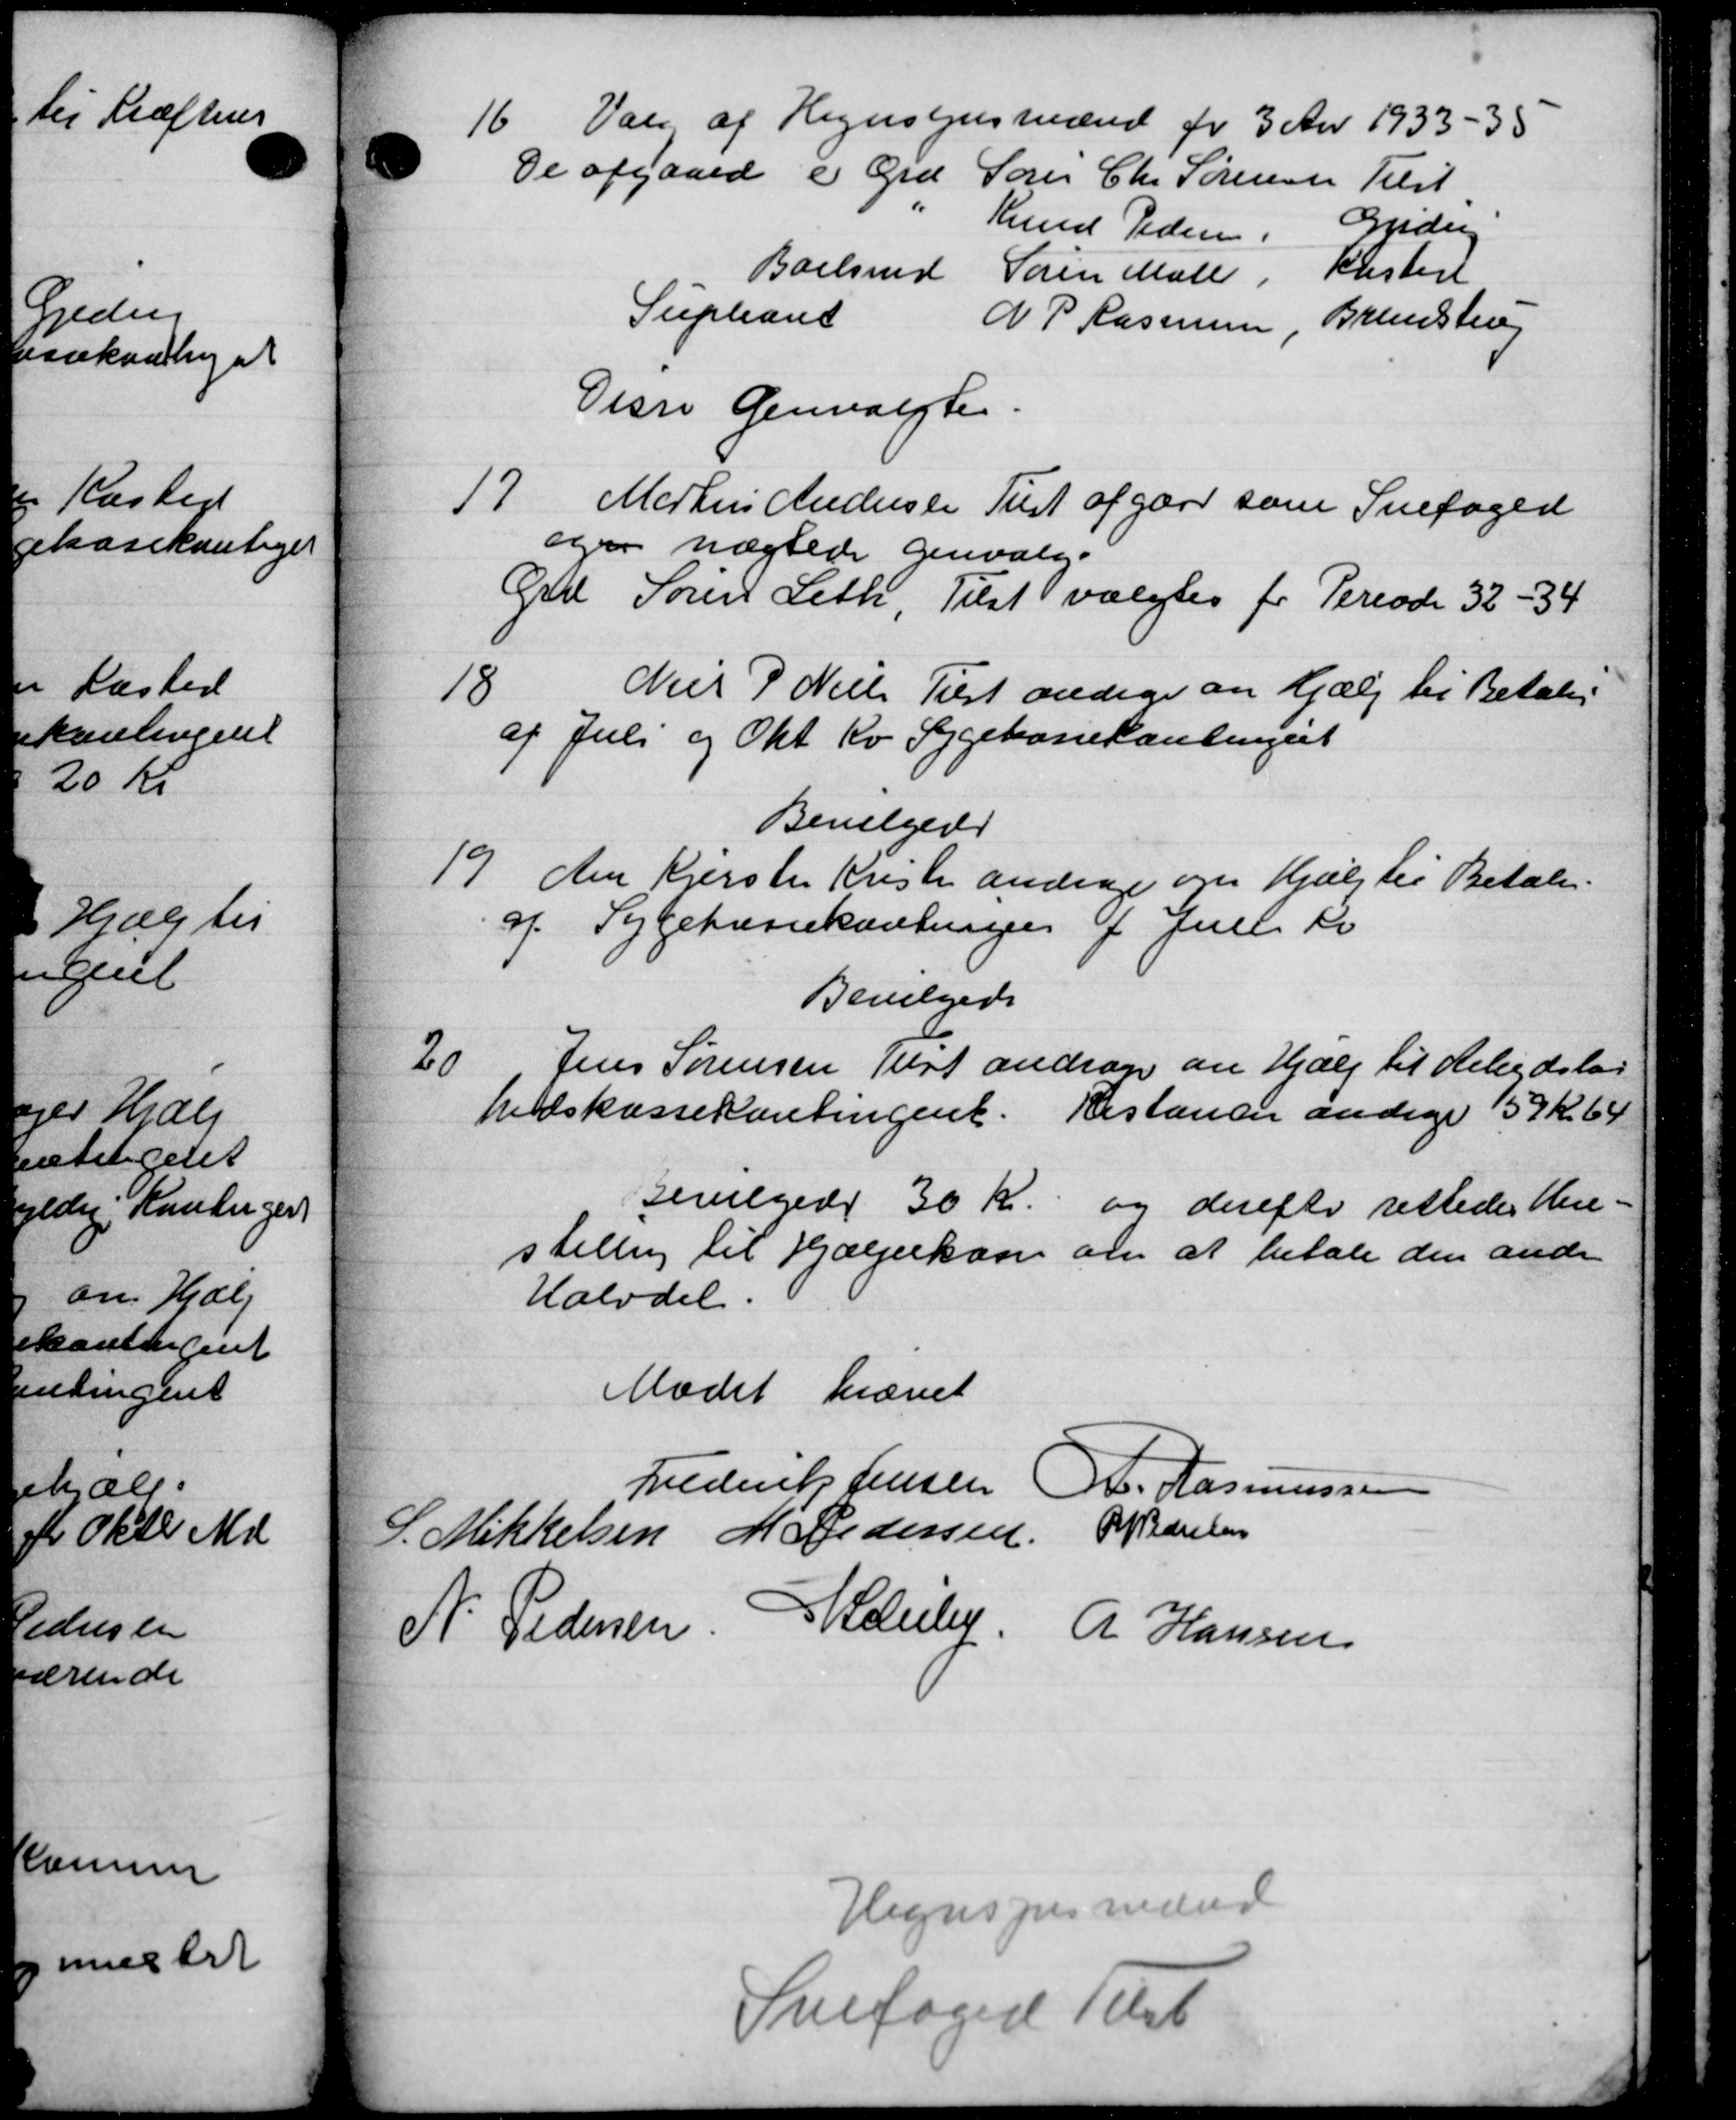
Transskription:
16.
Valg af Hegnsynsmænd for 3 Aar 1933 - 35
De afgaaed i Grd Søren Chr Sørensen Tilst
Knud Pedersen Gudeg
Boelsmd Søren Mall Klisted
Supleant N. P. Rasmussen, Brandstrup
Disse Genvalgtes.
17
Martens Andersen Tust afgøre som Snefoged
oge nægtede Genvalg.
Grd Søren Leth, Tilst valgtes for Periode 32-34
18
Niels P Niels Tilst andrager en Hjælp til Betalin
af Juli og Okt. Ro Sygekassekontingent
Bevilgedes
19
An Kjersten Kristen andrager om Hjælp til Betalin
af Sygekassekontingen af Juli Kv.
Bevilgede
20
Jens Sørensen Just andrager en Hjælp til Arbejdsløs
hedskassekontingent. Restancer ændige 159 Kr. 64
Bevilgedes 30 Kr. og derefter rettedes Vene-
stilling til Hjælpekasse om at betale den ande
Halvdel
Mødet hævet
Frederik Jensen P. Rasmussen
Mikkelsen M Pedersen
P Pedelsen
N. Pedersen Pederlej
R Hansen
Regnspes neder
Snefoged Tilst